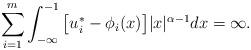
LaTeX: \begin{align*}\sum_{i=1}^m\int_{-\infty}^{-1}\big[u_i^*-\phi_i(x)\big]|x|^{\alpha-1}dx=\infty.\end{align*}